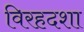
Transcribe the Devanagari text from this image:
विरहदशा